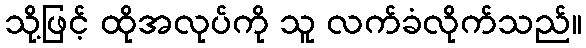
သို့ဖြင့် ထိုအလုပ်ကို သူ လက်ခံလိုက်သည်။